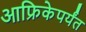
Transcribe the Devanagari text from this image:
आफ्रिकेपर्यंत